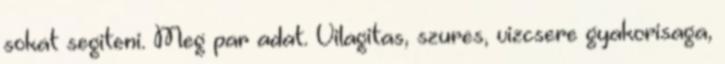
sokat segiteni. Meg par adat. Vilagitas, szures, vizcsere gyakorisaga,